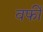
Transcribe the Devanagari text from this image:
वर्फी